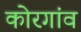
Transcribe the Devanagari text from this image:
कोरगांव